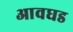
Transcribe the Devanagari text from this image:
आवघड